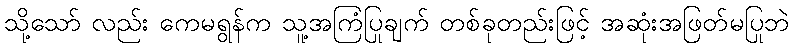
သို့သော် လည်း ကေမရွန်က သူ့အကြံပြုချက် တစ်ခုတည်းဖြင့် အဆုံးအဖြတ်မပြုဘဲ